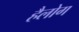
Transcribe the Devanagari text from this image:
हैलोग